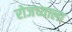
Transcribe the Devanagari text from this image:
रोजच्याला